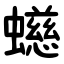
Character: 䗹